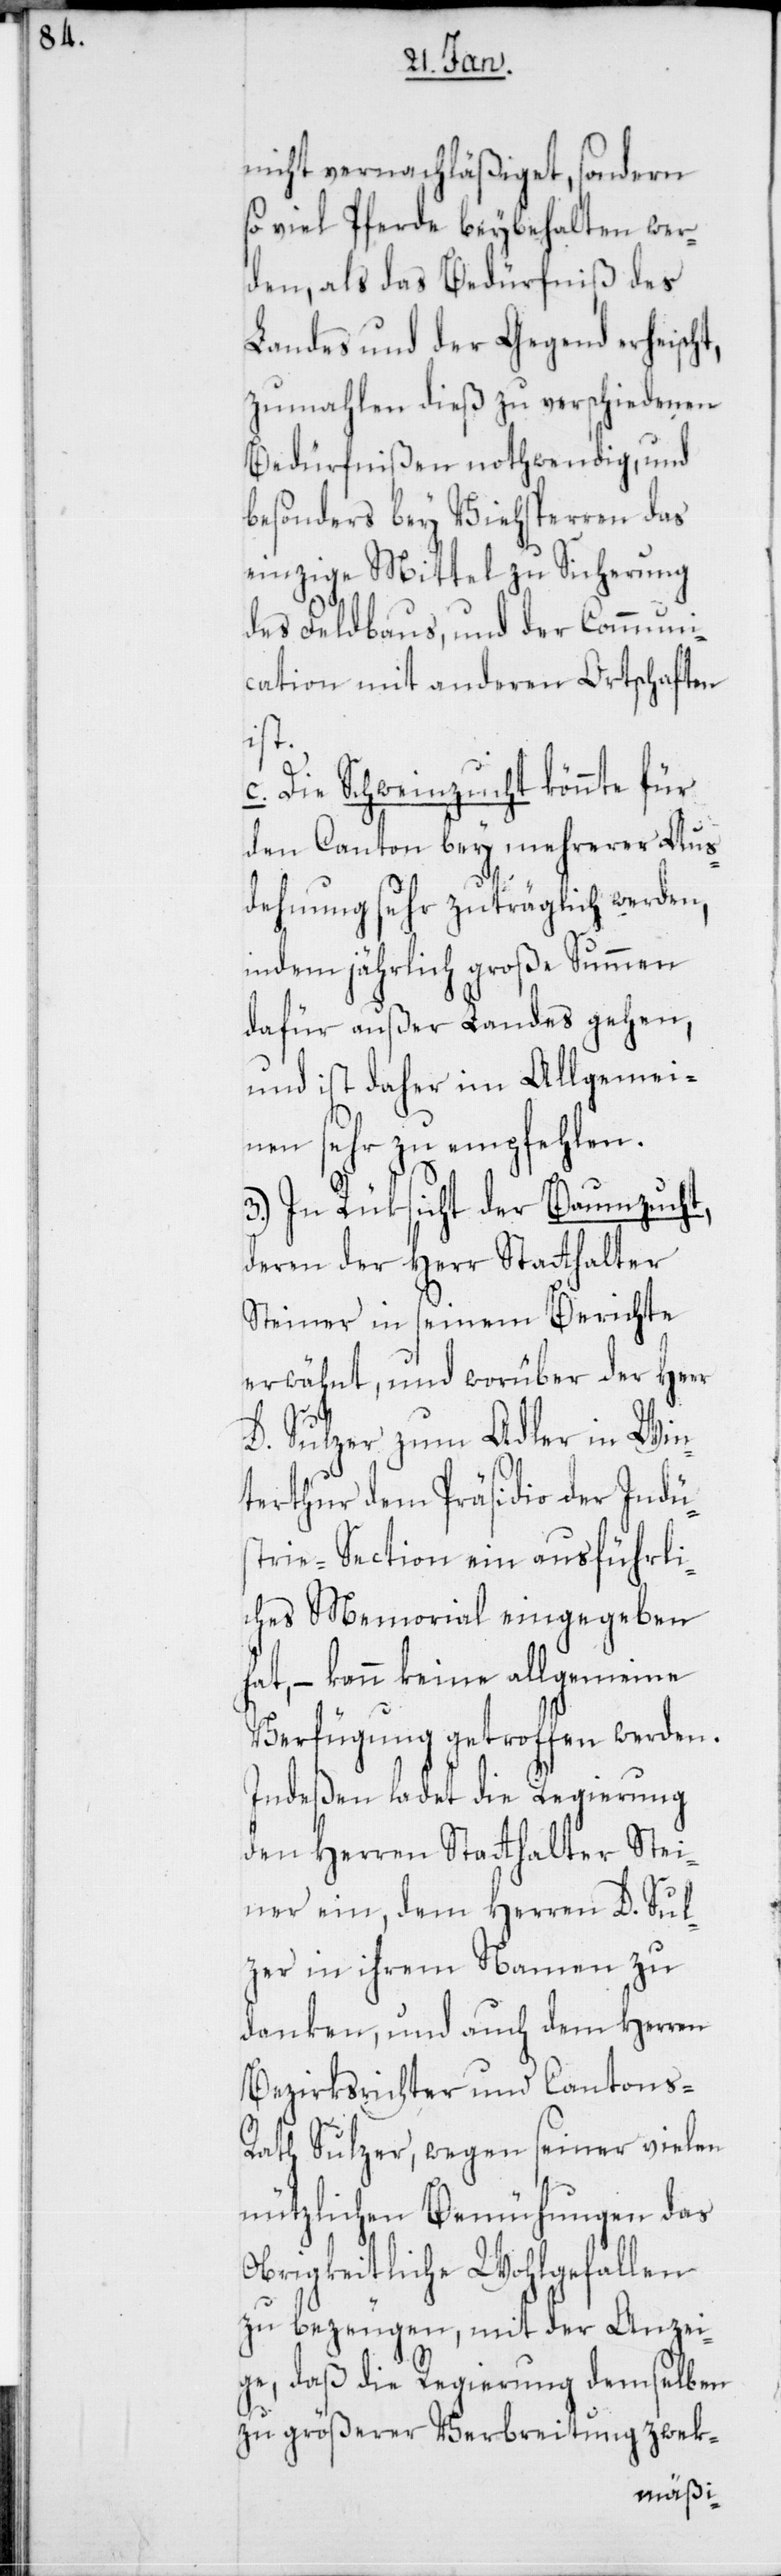
nicht vernachläßiget, sondern
so viel Pferde beybehalten wer¬
den, als das Bedürfniß des
Landes und der Gegend erheisch¬
zumahlen dies zu verschiedenen
Bedürfnißen nothwendig, und
besonders bey Viehsperren das
einzige Mittel zu Sicherung
des Feldbaus, und der Communi¬
cation mit anderen Ortschaften
ist.
c. Die Schweinzucht könnte für
den Canton bey mehrerer Aus¬
dehnung sehr zuträglich werden,
indem jährlich große Summen
dafür außer Landes gehen,
und ist daher im Allgemei¬
nen sehr zu empfehlen.
3.) In Rüksicht der Baumzucht,
deren der Herr Statthalter
Steiner in seinem Berichte
erwähnt, und worüber der Herr
D. Sulzer zum Adler in Win¬
terthur dem Präsidio der Indu¬
strie-Section ein ausführli¬
ches Memorial eingegeben
hat, – kann keine allgemeine
Verfügung getroffen werden.
Indeßen ladet die Regierung
den Herren Statthalter Stei¬
ner ein, dem Herren D. Sul¬
zer in ihrem Namen zu
danken, und auch dem Herren
Bezirksrichter und Cantons-R¬
ath Sulzer, wegen seiner vielen
nützlichen Bemühungen das
Obrigkeitliche Wohlgefallen
zu bezeugen, mit der Anzei¬
ge, daß die Regierung demselben
zu größerer Verbreitung zwek-